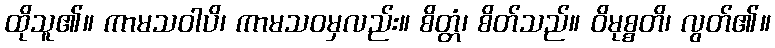
ထိုသူ၏။ ကာမသဝါပိ၊ ကာမသဝမှလည်း။ စိတ္တံ၊ စိတ်သည်။ ဝိမုစ္စတိ၊ လွတ်၏။